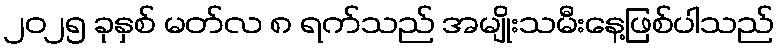
၂၀၂၅ ခုနှစ် မတ်လ ၈ ရက်သည် အမျိုးသမီးနေ့ဖြစ်ပါသည်